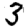
Digit: 3